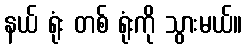
နယ် ရုံး တစ် ရုံးကို သွားမယ်။